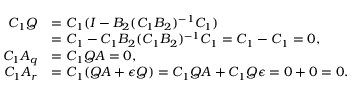
\begin{array} { r l } { C _ { 1 } Q } & { = C _ { 1 } ( I - B _ { 2 } ( C _ { 1 } B _ { 2 } ) ^ { - 1 } C _ { 1 } ) } \\ & { = C _ { 1 } - C _ { 1 } B _ { 2 } ( C _ { 1 } B _ { 2 } ) ^ { - 1 } C _ { 1 } = C _ { 1 } - C _ { 1 } = 0 , } \\ { C _ { 1 } A _ { q } } & { = C _ { 1 } Q A = 0 , } \\ { C _ { 1 } A _ { r } } & { = C _ { 1 } ( Q A + \epsilon { Q } ) = C _ { 1 } Q A + C _ { 1 } Q \epsilon = 0 + 0 = 0 . } \end{array}